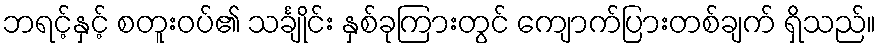
ဘရင့်နှင့် စတူးဝပ်၏ သင်္ချိုင်း နှစ်ခုကြားတွင် ကျောက်ပြားတစ်ချက် ရှိသည်။